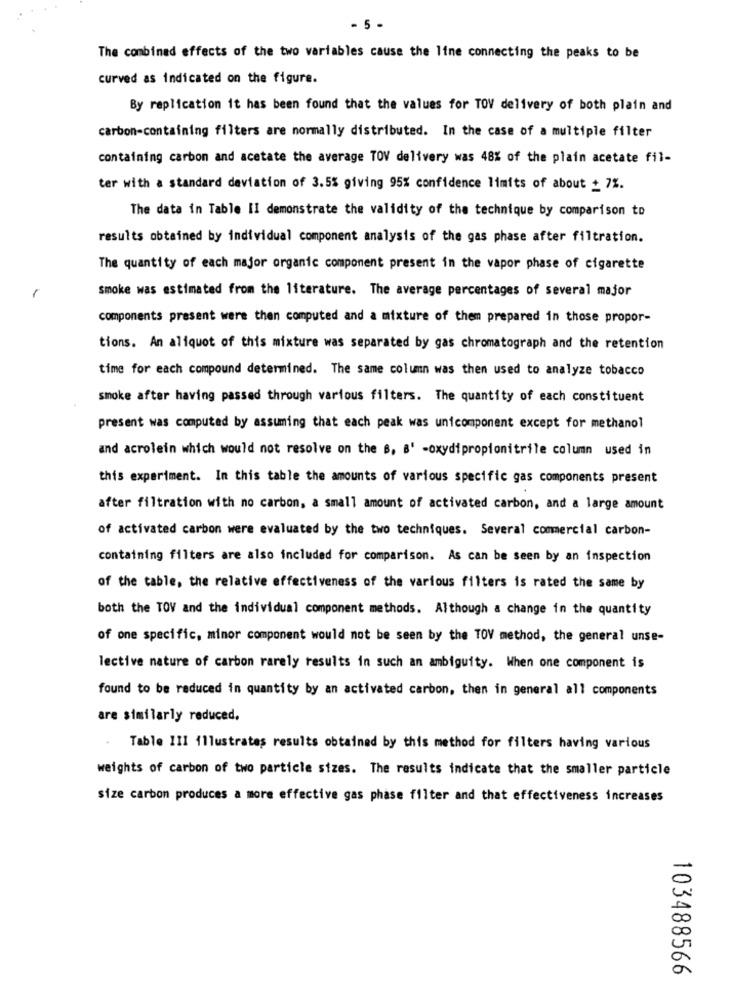
- 5 -
The combined effects of the two variables cause the line connecting the peaks to be
curved as indicated on the figure.
By replication it has been found that the values for TOV delivery of both plain and
carbon-containing filters are normally distributed. In the case of a multiple filter
containing carbon and acetate the average TOV delivery was 48% of the plain acetate fil-
ter with a standard deviation of 3.5% giving 95% confidence limits of about + 7%.
The data in Table II demonstrate the validity of the technique by comparison to
results obtained by individual component analysis of the gas phase after filtration.
The quantity of each major organic component present in the vapor phase of cigarette
smoke was estimated from the literature. The average percentages of several major
components present were then computed and a mixture of them prepared in those propor-
tions. An aliquot of this mixture was separated by gas chromatograph and the retention
time for each compound determined. The same column was then used to analyze tobacco
smoke after having passed through various filters. The quantity of each constituent
present was computed by assuming that each peak was unicomponent except for methanol
and acrolein which would not resolve on the s, a' -oxydipropionitrile column used in
this experiment. In this table the amounts of various specific gas components present
after filtration with no carbon, a small amount of activated carbon, and a large amount
of activated carbon were evaluated by the two techniques. Several commercial carbon-
containing filters are also included for comparison. As can be seen by an inspection
of the table, the relative effectiveness of the various filters is rated the same by
both the TOV and the individual component methods. Although a change in the quantity
of one specific, minor component would not be seen by the TOV method, the general unse-
lective nature of carbon rarely results in such an ambiguity. When one component is
found to be reduced in quantity by an activated carbon, then in general all components
are similarly reduced.
Table III illustrates results obtained by this method for filters having various
weights of carbon of two particle sizes. The results indicate that the smaller particle
size carbon produces a more effective gas phase filter and that effectiveness increases
103488566